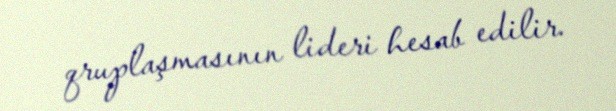
qruplaşmasının lideri hesab edilir.